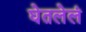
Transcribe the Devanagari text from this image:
घेतलेलं